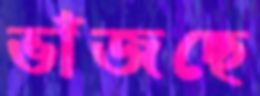
ভাঁজছে